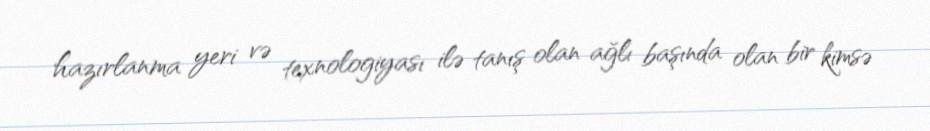
hazırlanma yeri və texnologiyası ilə tanış olan ağlı başında olan bir kimsə